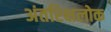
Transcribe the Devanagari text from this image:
अंतरिक्षलोक